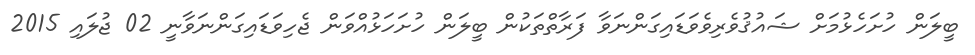
ބީލަން ހުށަހެޅުމަށް ޝައުޤުވެރިވެވަޑައިގަންނަވާ ފަރާތްތަކުން ބީލަން ހުށަހަޅުއްވަން ޖެހިވަޑައިގަންނަވާނީ 02 ޖުލައި 2015